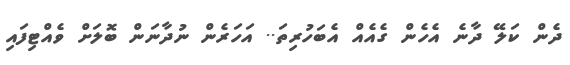
ދެން ކަލޭ ދާނެ އެހެން ގެއެއް އެބަހުރިތަ.. އަހަރެން ނުދާނަން ބޮލަށް ވެއްޓިފައި